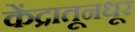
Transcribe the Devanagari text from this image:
केंद्रातूनधूर